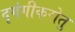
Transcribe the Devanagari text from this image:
दृगंगीकरोतु